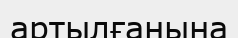
артылғанына